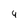
Character: 4